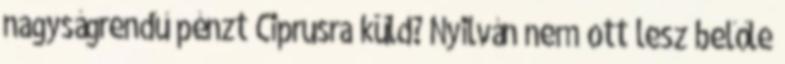
nagyságrendű pénzt Ciprusra küld? Nyilván nem ott lesz belőle